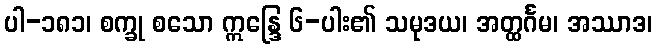
ပါ-၁၈၁၊ စက္ခု စသော ဣန္ဒြေ ၆-ပါး၏ သမုဒယ၊ အတ္ထင်္ဂမ၊ အဿာဒ၊